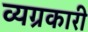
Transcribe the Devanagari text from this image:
व्यग्रकारी